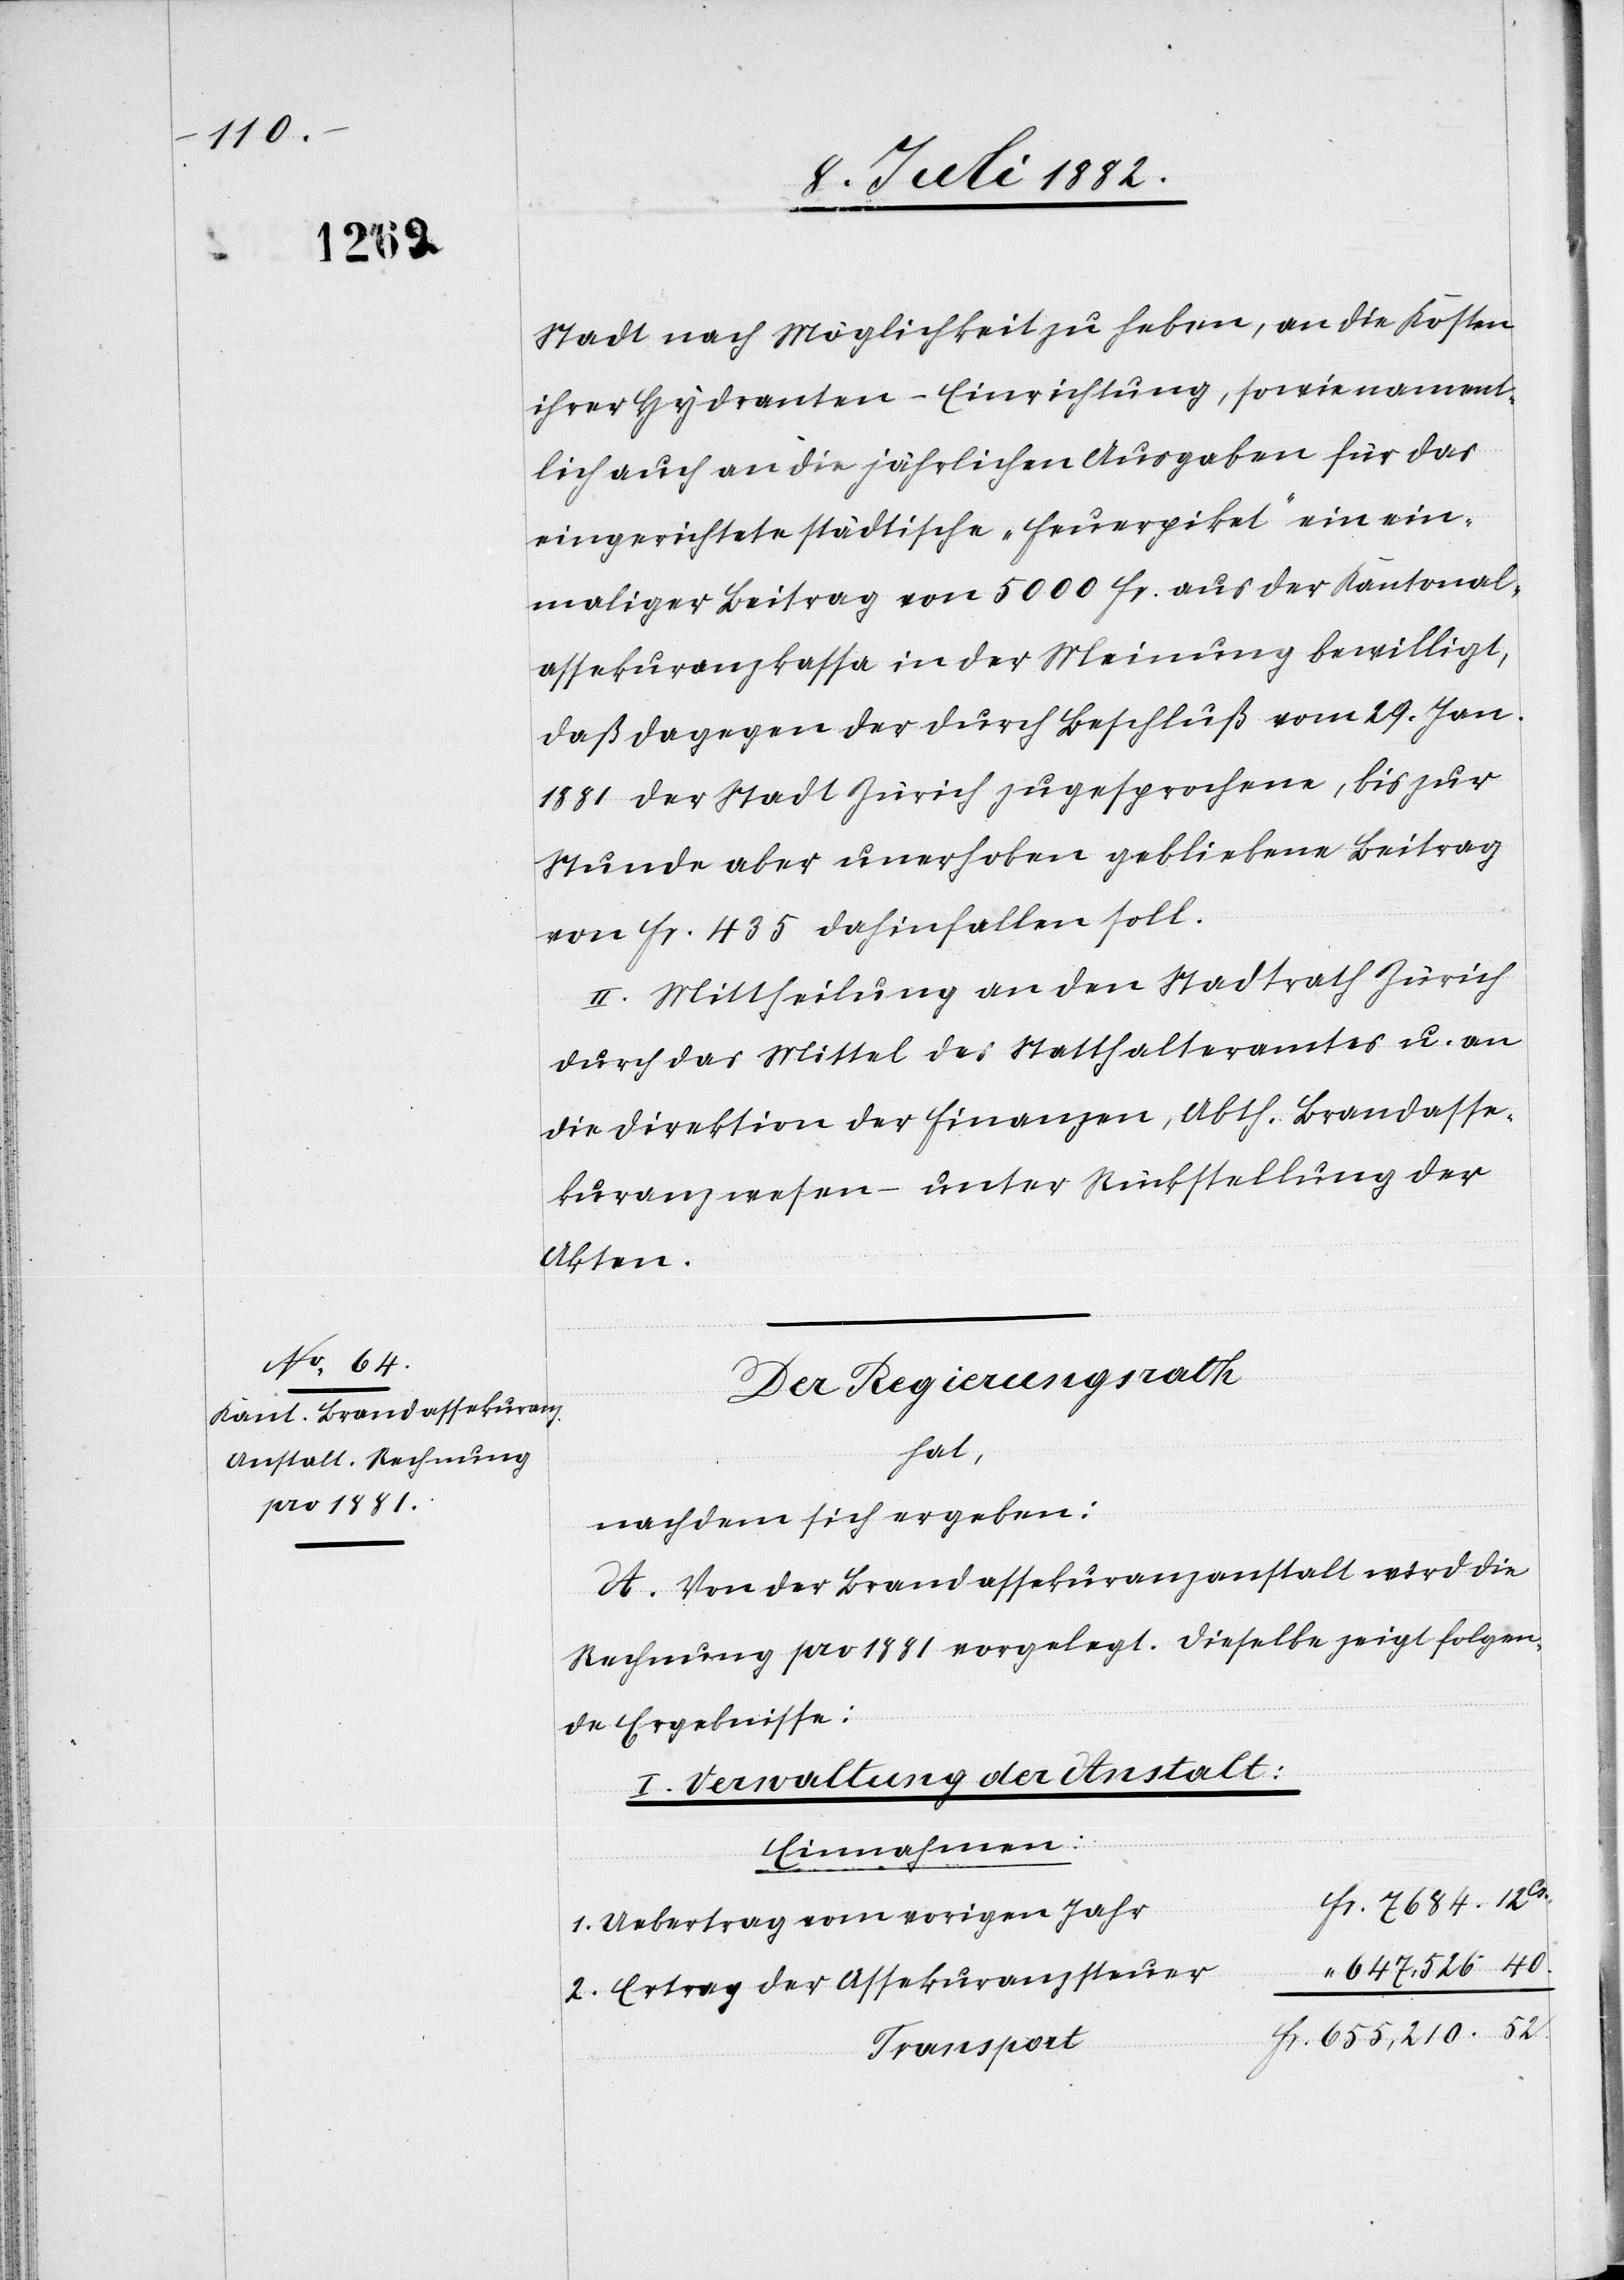
Stadt nach Möglichkeit zu heben, an die Kosten
ihrer Hydranten-Einrichtung, so wie nament¬
lich auch an die jährlichen Ausgaben für das
eingerichtete städtische „Feuerpiket“ ein ein¬
maliger Beitrag von 5000 Fr. aus der Kantonal¬
assekuranzkassa in der Meinung bewilligt,
daß dagegen der durch Beschluß vom 29. Jan.
1881 der Stadt Zürich zugesprochene, bis zur
Stunde aber unerhoben gebliebene Beitrag
von Fr. 435 dahin fallen soll.
II. Mittheilung an den Stadtrath Zürich
durch das Mittel des Statthalteramtes u. an
die Direktion der Finanzen, Abth. Brandasse¬
kuranzwesen – unter Rückstellung der
Akten.
Der Regierungsrath,
hat,
nachdem sich ergeben:
A. Von der Brandassekuranzanstalt wird die
Rechnung pro 1881 vorgelegt. Dieselbe zeigt folgen¬
de Ergebnisse:
A. Verwaltung der Anstalt:
Einnahmen:
1. Uebertrag vom vorigen Jahr
2. Ertrag der Assekuranzsteuer
Transport